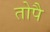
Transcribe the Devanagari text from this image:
तोपै